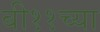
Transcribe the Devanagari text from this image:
बी११च्या